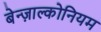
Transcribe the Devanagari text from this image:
बेन्ज़ाल्कोनियम